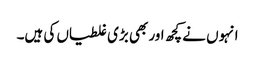
انہوں نے کچھ اور بھی بڑی غلطیاں کی ہیں۔